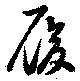
履